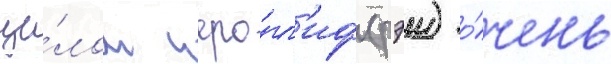
це́лом иеро́гл'иф (рэи) о́чень